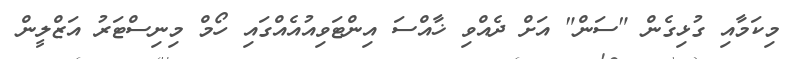
މިކަމާއި ގުޅިގެން "ސަން" އަށް ދެއްވި ޚާއްސަ އިންޓަވިއުއެއްގައި ހޯމް މިނިސްޓަރު އަޒްލީން